Inquiry into the circumstances attending an outbreak of cholera in H. M.'s 18th Hussars at Secunderabad in the month of May
Year: 1871
Disease focus: Cholera
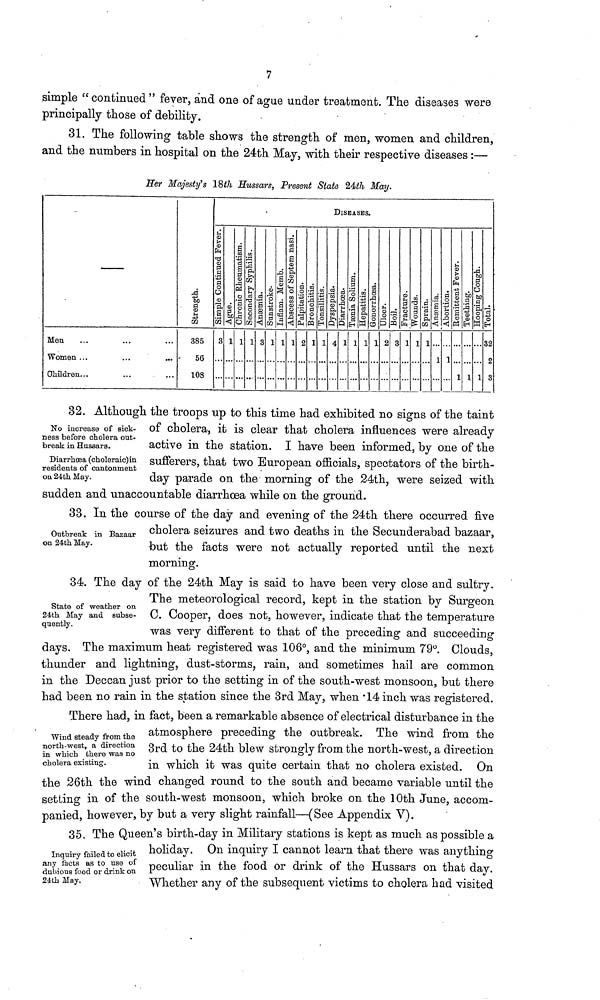
7
simple " continued " fever, and one of ague under treatment. The diseases were
principally those of debility.
31. The following table shows the strength of men, women and children,
and the numbers in hospital on the 24th May, with their respective diseases :—
Her Majesty's 18th Hussars, Present State 24th May.
Men
Women ...
Children. . .
strength
385
56
108
DISEASES.
Simple continued fever
3
Argue
1
chronic Rheumatism
1
Secondary Syphilis
1
Anamia
3
Sunstroke
1
Iufam Memb.
1
Abscess of septem nasi
1
Palpitation
2
Bronchitis
1
Tonsillitis
1
Dyspepsia
4
DIARRHOEA.
1
Taenia Solium
1
Hepatitis
1
Gonorrhoea
1
Ulcer
2
Boil
g
Fracture
1
Wounds
1
sprain
1
Aneomia
1
Abortion
1
Remittents fever
1
Teeething
1
Hooping cough
1
Total
32
2
3
No increase of sick-
ness before cholera out-
break in Hussars.
Diarrhoea (choleraic)in
residents of cantonment
on 24th May.
32. Although the troops up to this time had exhibited no signs of the taint
of cholera, it is clear that cholera influences were already
active in the station. I have been informed, by one of the
sufferers, that two European officials, spectators of the birth-
day parade on the morning of the 24th, were seized with
sudden and unaccountable diarrhoea while on the ground.
Outbreak in Bazaar
on 24th May.
33. In the course of the day and evening of the 24th there occurred five
cholera seizures and two deaths in the Secunderabad bazaar,
but the facts were not actually reported until the next
morning.
State of weather on
24th May and subse-
quently.
Wind steady from the
north-west, a direction
in which there was no
cholera existing.
34. The day of the 24th May is said to have been very close and sultry.
The meteorological record, kept in the station by Surgeon
C. Cooper, does not, however, indicate that the temperature
was very different to that of the preceding and succeeding
days. The maximum heat registered was 106°, and the minimum 79°. Clouds,
thunder and lightning, dust-storms, rain, and sometimes hail are common
in the Deccan just prior to the setting in of the south-west monsoon, but there
had been no rain in the station since the 3rd May, when 14 inch was registered.
There had, in fact, been a remarkable absence of electrical disturbance in the
atmosphere preceding the outbreak. The wind from the
3rd to the 24th blew strongly from the north-west, a direction
in which it was quite certain that no cholera existed. On
the 26th the wind changed round to the south and became variable until the
setting in of the south-west monsoon, which broke on the 10th June, accom-
Oanied, however, by but a very slight rainfall—(See Appendix V).
Inquiry failed to elicit
any facts as to use of
dubious food or drink on
24th May.
35. The Queen's birth-day in Military stations is kept as much as possible a
holiday. On inquiry I cannot learn that there was anything
peculiar in the food or drink of the Hussars on that day.
"Whether any of the subsequent victims to cholera had visited